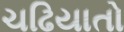
ચઢિયાતો